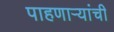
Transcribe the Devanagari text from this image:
पाहणाऱ्यांची